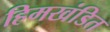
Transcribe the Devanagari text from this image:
हिमखंडित